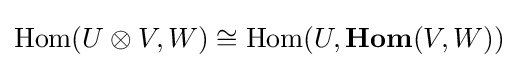
\mathrm {Hom} (U\otimes V,W)\cong \mathrm {Hom} (U,\mathbf {Hom} (V,W))